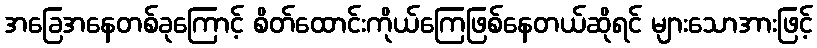
အခြေအနေတစ်ခုကြောင့် စိတ်ထောင်းကိုယ်ကြေဖြစ်နေတယ်ဆိုရင် များသောအားဖြင့်